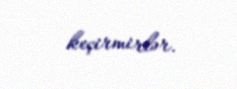
keçirmirlər.